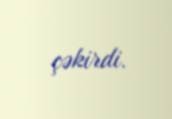
çəkirdi.